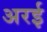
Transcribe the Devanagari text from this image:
अरई